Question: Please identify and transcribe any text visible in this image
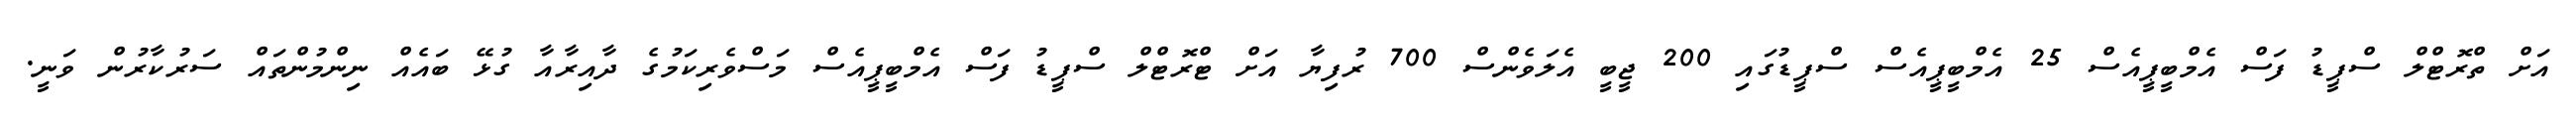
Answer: އަށް ތްރޮޓްލް ސްޕީޑު ފަސް އެމްބީޕީއެސް 25 އެމްބީޕީއެސް ސްޕީޑުގައި 200 ޖީބީ އެލަވެންސް 700 ރުފިޔާ އަށް ޓްރޮޓްލް ސްޕީޑު ފަސް އެމްބީޕީއެސް މަސްވެރިކަމުގެ ދާއިރާއާ ގުޅޭ ބައެއް ނިންމުންތައް ސަރުކާރުން ވަނީ.